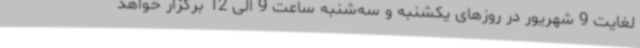
لغایت 9 شهریور در روزهای یکشنبه و سه‌شنبه ساعت 9 الی 12 برگزار خواهد